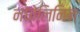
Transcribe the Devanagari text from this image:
नधोलिनिन